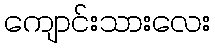
ကျောင်းသားလေး